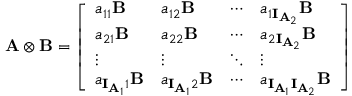
\mathbf { A } \otimes \mathbf { B } = \left[ \begin{array} { l l l l } { a _ { 1 1 } \mathbf { B } } & { a _ { 1 2 } \mathbf { B } } & { \cdots } & { a _ { 1 \mathbf { I } _ { { \mathbf { A } } _ { 2 } } } \mathbf { B } } \\ { a _ { 2 1 } \mathbf { B } } & { a _ { 2 2 } \mathbf { B } } & { \cdots } & { a _ { 2 \mathbf { I } _ { { \mathbf { A } } _ { 2 } } } \mathbf { B } } \\ { \vdots } & { \vdots } & { \ddots } & { \vdots } \\ { a _ { \mathbf { I } _ { { \mathbf { A } } _ { 1 } } 1 } \mathbf { B } } & { a _ { \mathbf { I } _ { { \mathbf { A } } _ { 1 } } 2 } \mathbf { B } } & { \cdots } & { a _ { \mathbf { I } _ { { \mathbf { A } } _ { 1 } } \mathbf { I } _ { { \mathbf { A } } _ { 2 } } } \mathbf { B } } \end{array} \right]